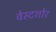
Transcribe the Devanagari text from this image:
वेस्टशोर